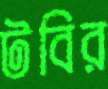
টবির